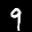
Label: 9